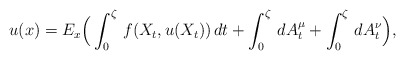
\begin{align*} u(x)=E_{x}\Big(\int_{0}^{\zeta}\,f(X_{t},u(X_{t}))\,dt+\int_{0}^{\zeta}\,dA_{t}^{\mu}+\int_{0}^{\zeta}\,dA_{t}^{\nu}\Big),\end{align*}